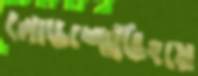
লোডশোডিংয়ে